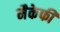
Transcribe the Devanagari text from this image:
मैकेफी